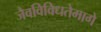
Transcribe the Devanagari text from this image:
जैवविविधतेमागे